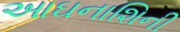
આઘનાશિની